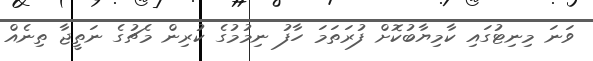
ވަނަ މިނިޓުގައި ކާމިޔާބުކޮށް ފުރަތަމަ ހާފު ނިމުމުގެ ކުރިން މެޗުގެ ނަތީޖާ ތިނެއް